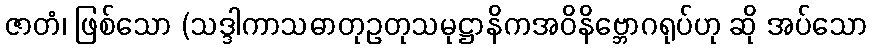
ဇာတံ၊ ဖြစ်သော (သဒ္ဒါကာသဓာတုဥတုသမုဋ္ဌာနိကအဝိနိဗ္ဘောဂရုပ်ဟု ဆို အပ်သော